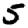
Digit: 5